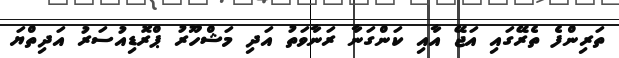
ތަރިންފެ ތެރޭގައި އަޖޭ އާއި ކަންގަނާ ރަނާވަތު އަދި މަޝްހޫރު ޕްރޮޑިއުސަރު އަދިތްޔަ